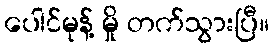
ပေါင်မုန့် မှို တက်သွားပြီ။